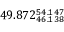
4 9 . 8 7 2 _ { 4 6 . 1 3 8 } ^ { 5 4 . 1 4 7 }